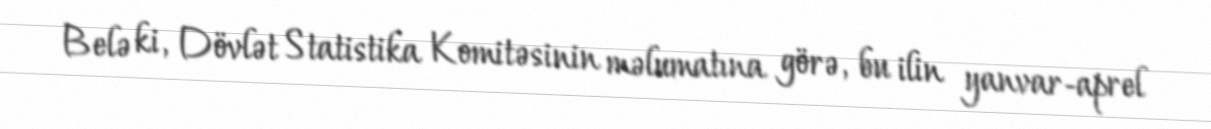
Belə ki, Dövlət Statistika Komitəsinin məlumatına görə, bu ilin yanvar-aprel